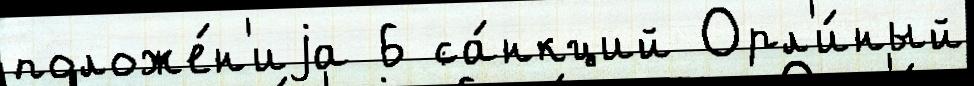
положе́н'иjа 6 са́нкций Орл'и́ный